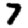
Digit: 7